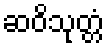
ဆဝိသုတ္တံ